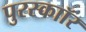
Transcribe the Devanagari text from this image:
पुरस्काॉर